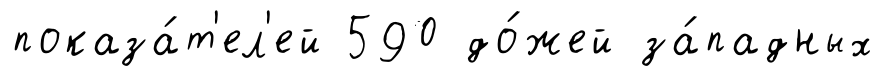
показа́т'ел'ей 590 до́жей за́падных